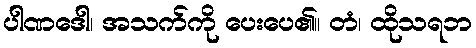
ပါဏဒေါ၊ အသက်ကို ပေးပေ၏။ တံ၊ ထိုသရဘ